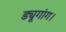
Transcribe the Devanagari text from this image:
ड्यूगांग।